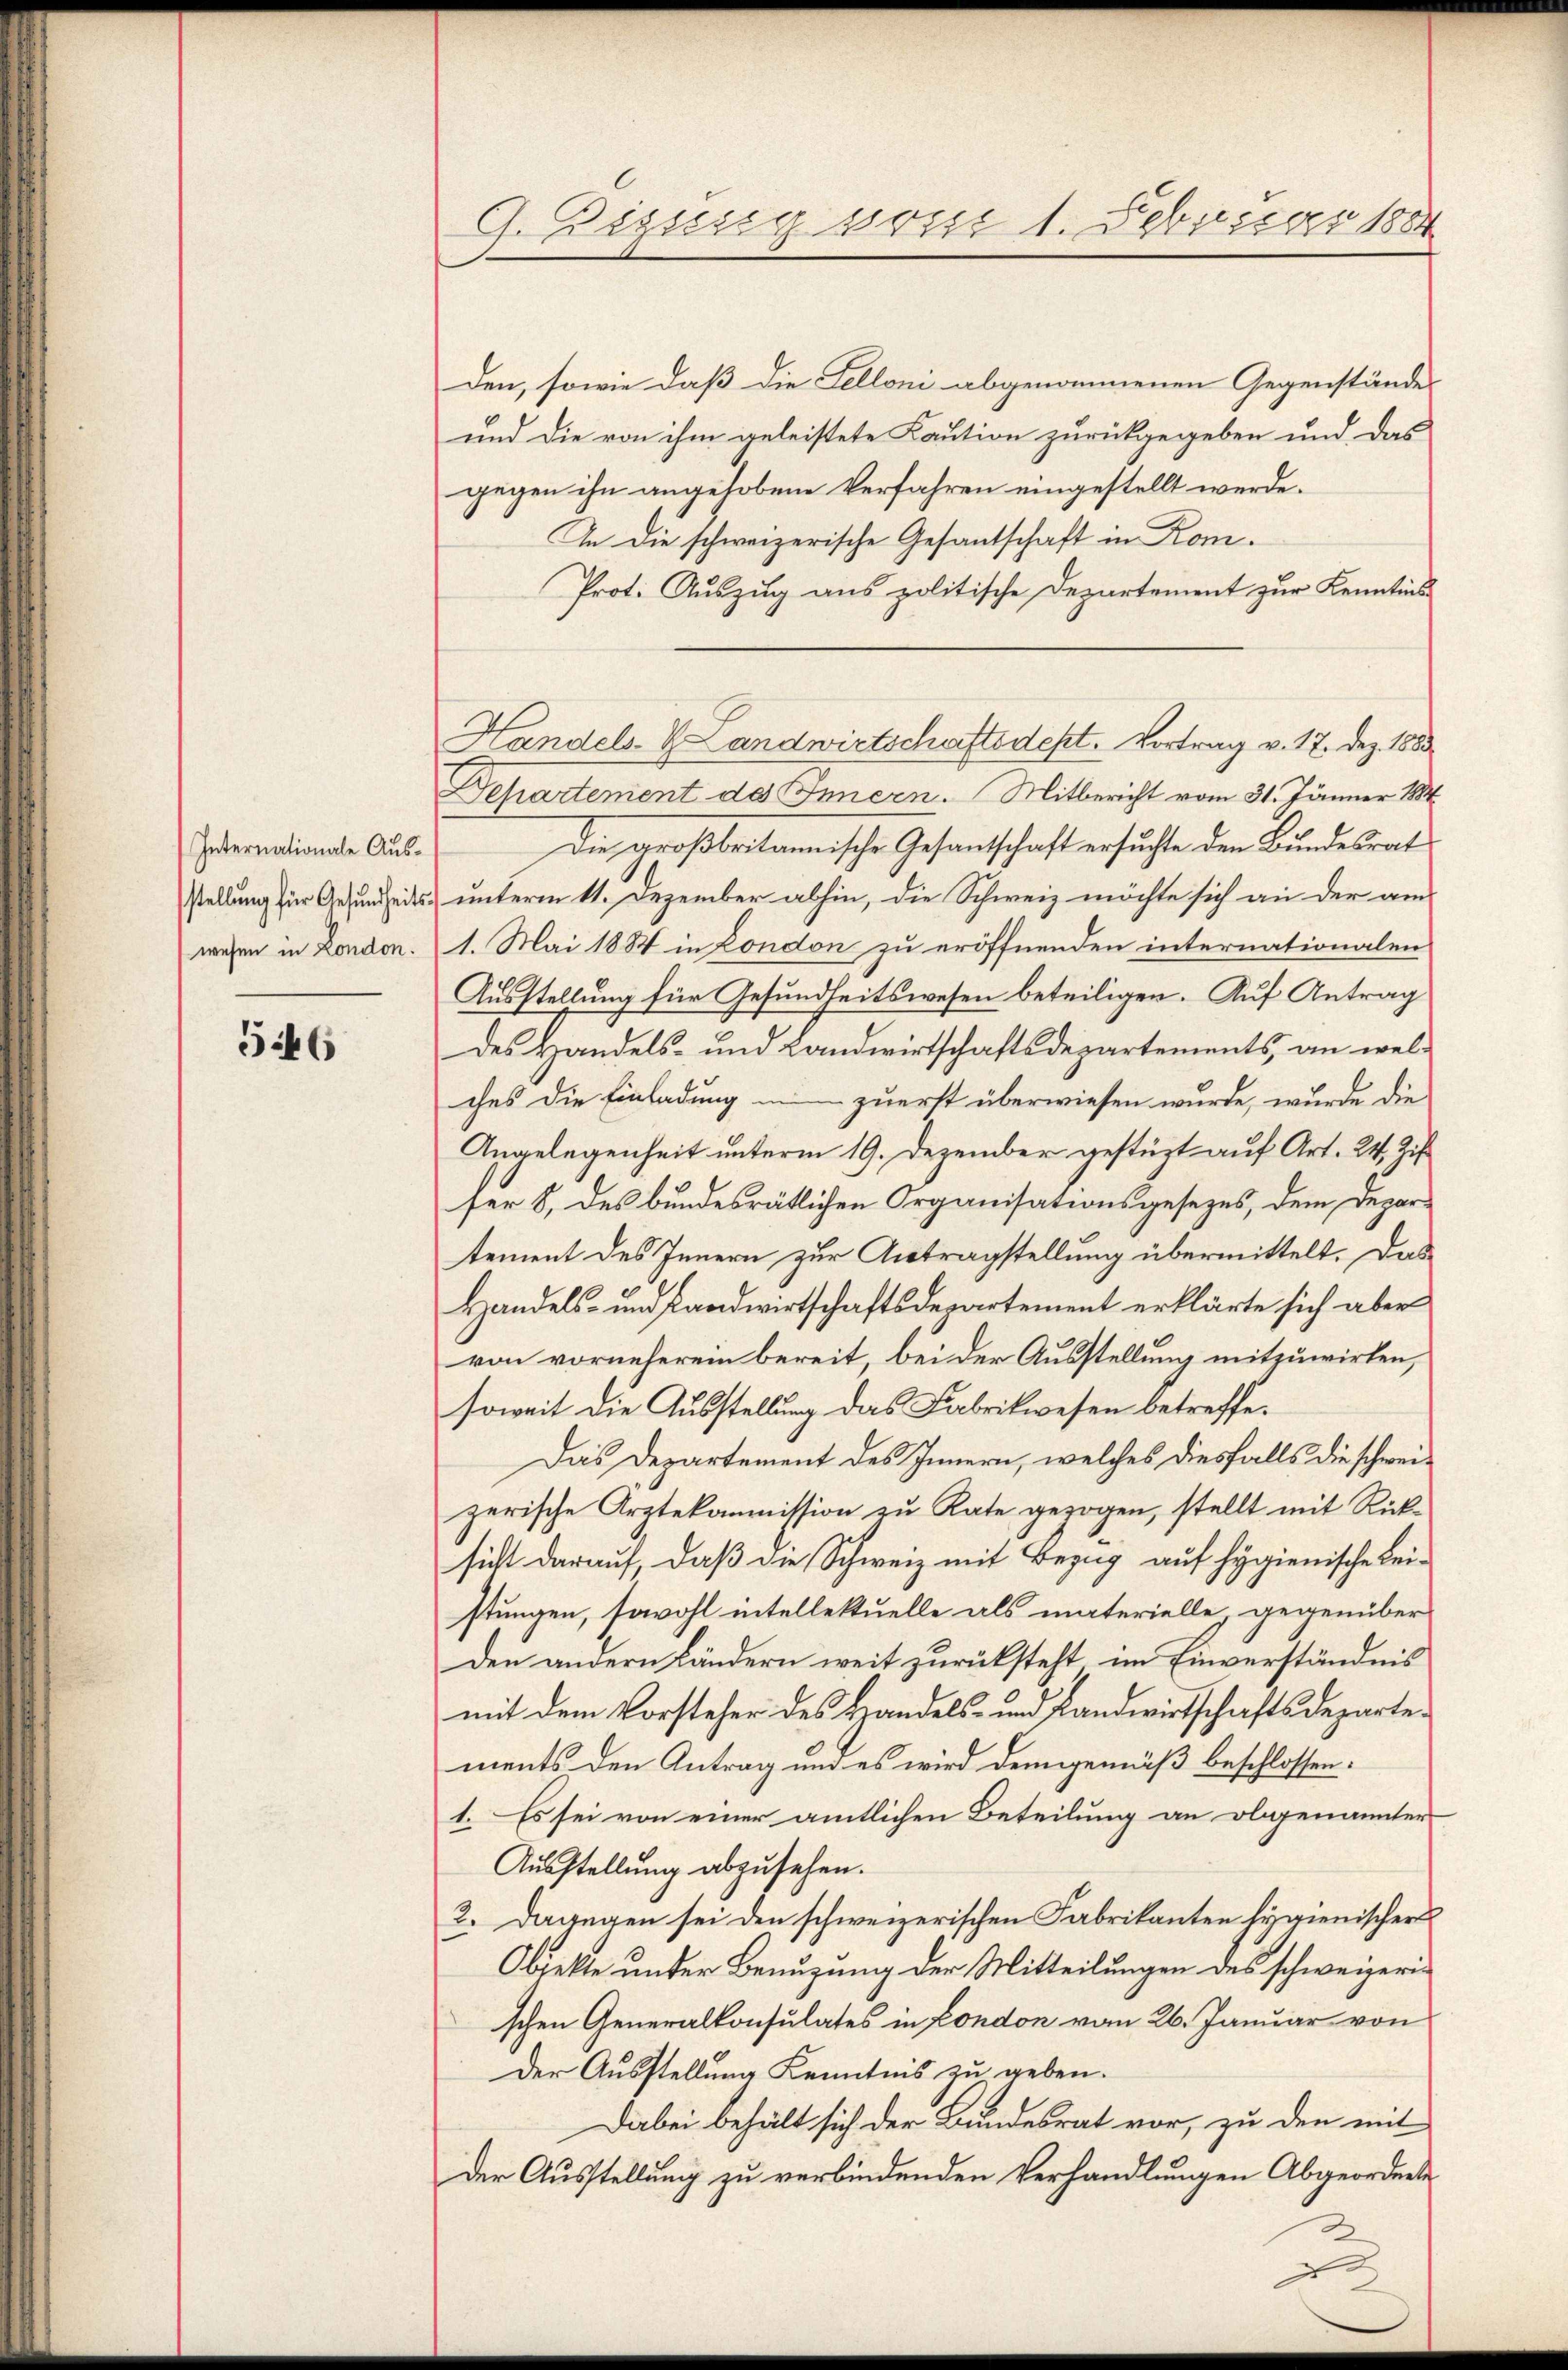
Internationale Ausstellung für Gesundheits-
wesen in London.

546

G. Zizung vom 1. Februar 1884

den, sowie daß die Felloni abgenommenen Gegenstände
und die von ihm geleistete Kaution zurückgegeben und das
gegen ihn angehobene Verfahren eingestellt werde.
In die schweizerische Gesantschaft in Kom¬
Prot. Auszug aus politische Departement zur Kenntnis¬
Departement des Innern. Mitbericht vom 31. Jänner 1884
Die großbritannische Gesandtschaft ersuchte den Bundesrat
 unterm 11. Dezember abhin, die Schweiz möchte sich an der am
1. Mai 1884 in London zu eröffnenden internationalen
Ausstellung für Gesundheitswesen beteiligen. Auf Antrag
des Handels- und Landwirtschaftsdepartements, an welches die Einladung in zuerst überwiesen wurde, wurde die
Angelegenheit unterm 19. Dezember gestüzt auf Art. 24, Zif.
ser 8, des bundesrätlichen Organisationsgesezes, dem Departement des Innern zur Antragstellung übermittelt. Das
Handels- und Landwirtschaftsdepartement erklärte sich aber
von vorneherein bereit, bei der Ausstellung mitzuwirken,
soweit die Ausstellung das Fabrikwesen betreffe.
Das Departement des Innern, welches diesfalls die schweizerische Arztekommission zu Rate gezogen, stellt mit Rücksicht darauf, daß die Schweiz mit Bezug auf Hygienische Leistungen, sowohl intellektuelle als materielle, gegenüber
Den andern Ländern weit zurücksteht, im Einverständnis
mit dem Vorsteher des Handels- und Landwirtschaftsdepartements den Antrag und es wird demgemäß beschlossen:
1. Es sei von einer amtlichen Beteilung an obgenannter
Ausstellung abzusehen.
2. Dagegen sei den schweizerischen Fabrikanten hyrienischer
Obiekte unter Benuzung der Mitteilungen des schweizerischen Generalkonsulates in Fondon vom 26. Januar von
Der Ausstellung Kenntnis zu geben.
Dabei behält sich der Bundesrat vor, zu den mit
der Ausstellung zu verbindenden Verhandlungen Abgeordnete

Handels- & Landwirtschaftsdest. Vortrag v. 17. Dez. 1883